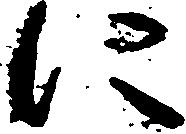
に